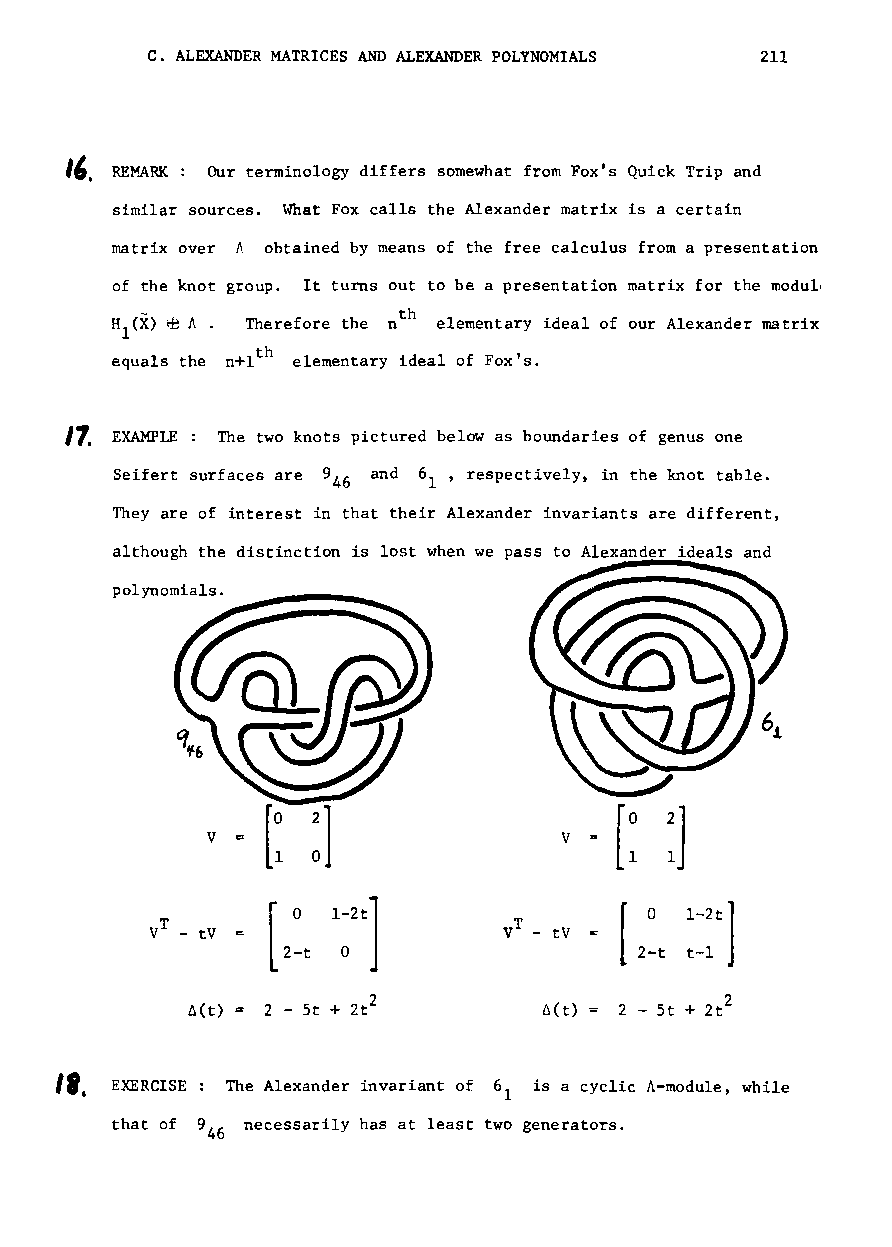
C. ALEXANDER MATRICES AND ALEXANDER POLYNOMIALS 211
 ". RE}fARK: Our terminology differs somewhat from Fox's Quick Trip and
 similar sources. What Fox calls the Alexander matrix is a certain
 matrix over A obtained by means of the free calculus from a presentation
 of the knot group. It turns out to be a presentation matrix for the modulI
 th
 Therefore the n elementary ideal of our Alexander matrix
 th
 equals the n+l elementary ideal of Fox's.
 17.
 EXAMPLE The two knots pictured below as boundaries of genus one
 Seifert surfaces are 9 and 6 , respectively, in the knot table.
 46    1
 They are of interest in that their Alexander invariants are different,
 although the distinction is lost when we pass to Alexander ideals and
 polynomials.
 :]
 v
 [:                 V
 [0  1-2t]
 [ 0
 1-2tI
 T                      T
 V - tV                 V - tV
 2-t 0                  2-t t-l
 2                       2
 ~(t)  2 - 5t + 2t       ~(t) 2 - 5t + 2t
 II.
 EXERCISE The Alexander invariant of 6 is a cyclic A-module, while
 1
 that of 9 necessarily has at least two generators.
 46